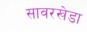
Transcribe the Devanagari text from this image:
सावरखेडा